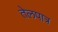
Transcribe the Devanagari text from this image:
तेलपात्र